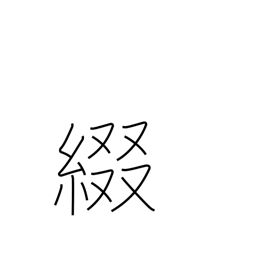
Meaning: spell